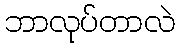
ဘာလုပ်တာလဲ